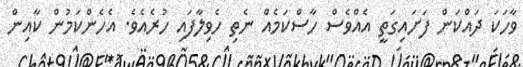
ވާހަކަ ދައްކަން ފަށައިގަތީ އެއްވެސް ހާސްކަމެއް ނެތި ހެވިލާފައި ހުރެއެވެ. އެހެންކަމުން ކާއިން